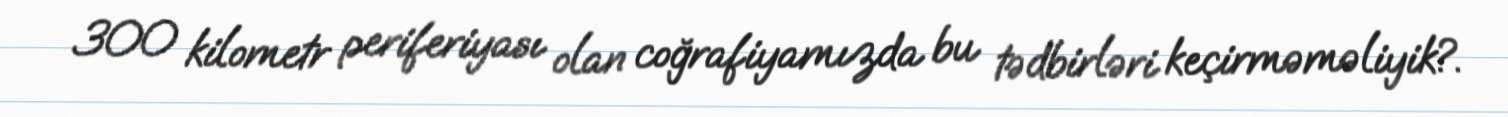
300 kilometr periferiyası olan coğrafiyamızda bu tədbirləri keçirməməliyik?.